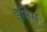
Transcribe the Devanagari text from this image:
इनिंस